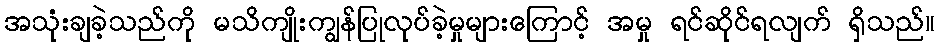
အသုံးချခဲ့သည်ကို မသိကျိုးကျွန်ပြုလုပ်ခဲ့မှုများကြောင့် အမှု ရင်ဆိုင်ရလျက် ရှိသည်။